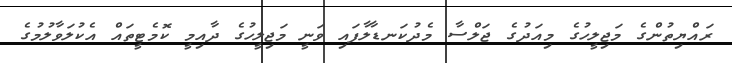
ރައްޔިތުންގެ މަޖިލީހުގެ މިއަދުގެ ޖަލްސާ މެދުކަނޑާލާފައި ވަނީ މަޖިލީހުގެ ދާއިމީ ކޮމެޓީތައް އެކުލަވާލުމުގެ